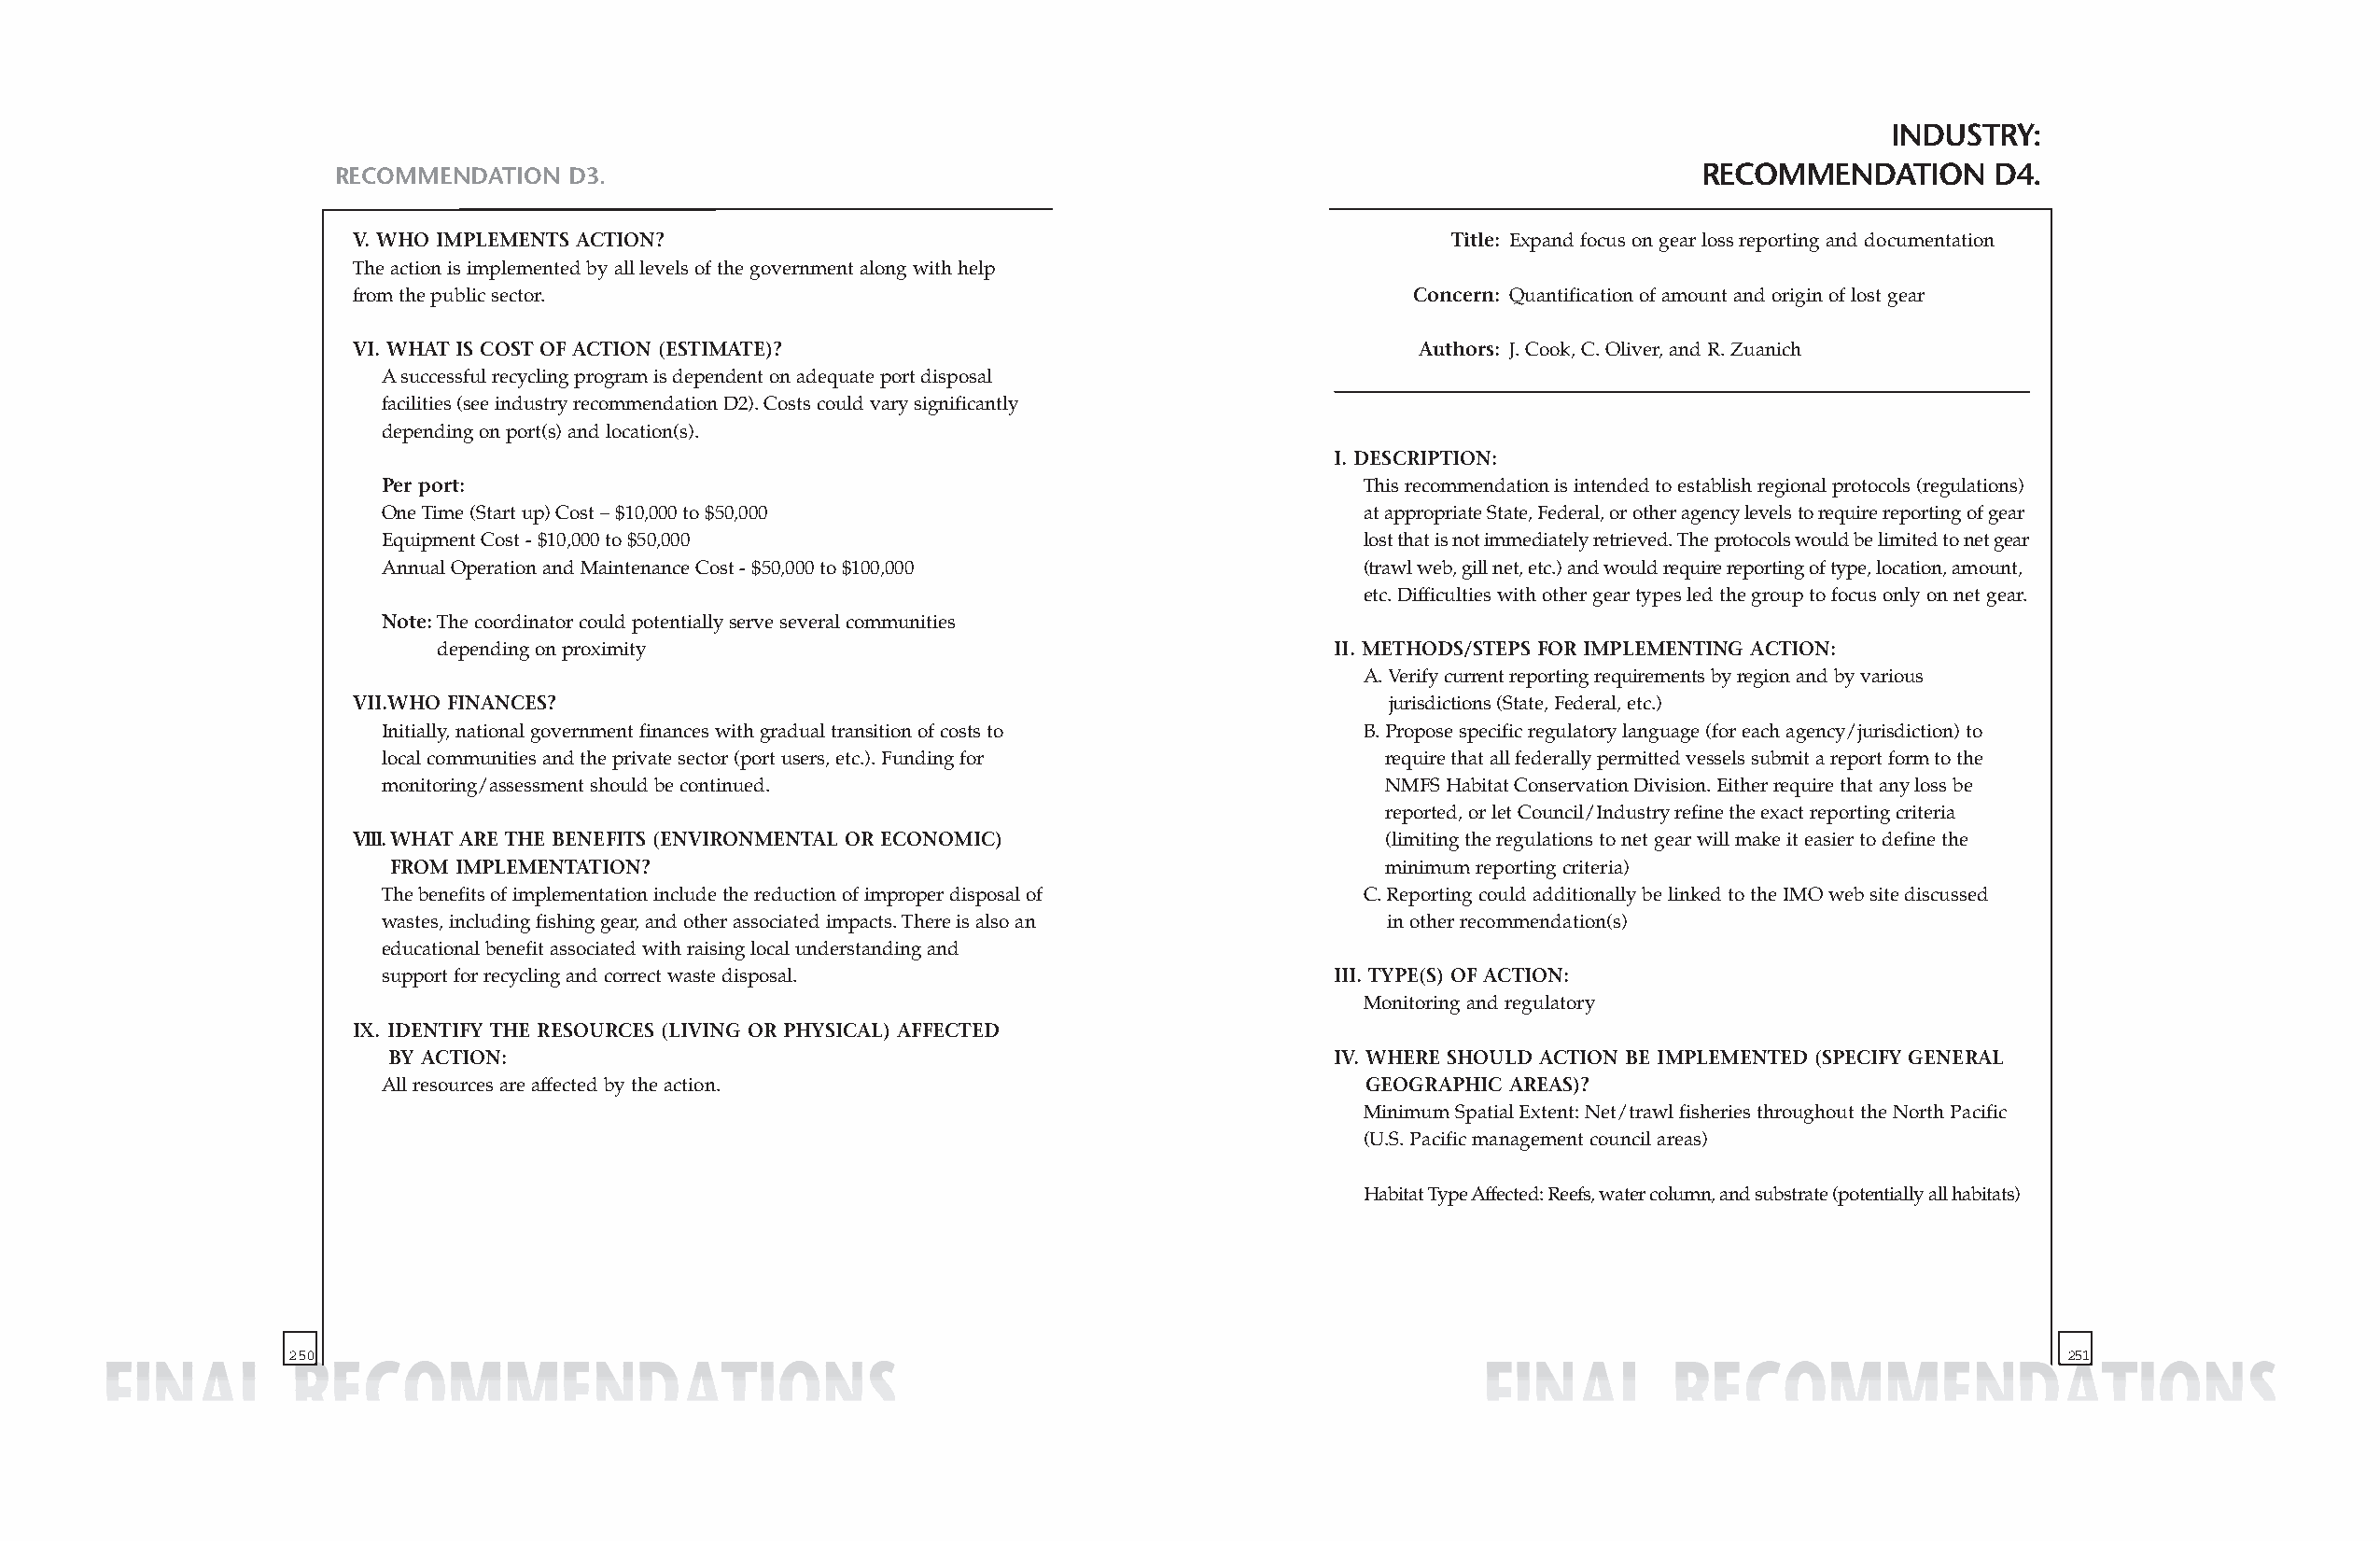
INDUSTRY:
 RECOMMENDATION  D3.                                                                              RECOMMENDATION      D4.
 V. WHO IMPLEMENTS ACTION?                                                     Title: Expand focus on gear loss reporting and documentation
 The action is implemented by all levels of the government along with help
 from the public sector.                                                    Concern: Quantification of amount and origin of lost gear
 VI. WHAT IS COST OF ACTION (ESTIMATE)?                                      Authors: J. Cook, C. Oliver, and R. Zuanich
 Asuccessful recycling program is dependent on adequate port disposal
 facilities (see industry recommendation D2). Costs could vary significantly
 depending on port(s) and location(s).
 I. DESCRIPTION:
 Per port:                                                             This recommendation is intended to establish regional protocols (regulations)
 One Time (Start up) Cost – $10,000 to $50,000                         atappropriate State, Federal, or other agency levels to require reporting of gear
 Equipment Cost - $10,000 to $50,000                                   lost that is not immediately retrieved. The protocols would be limited to net gear
 Annual Operation and Maintenance Cost - $50,000 to $100,000           (trawl web, gill net, etc.) and would require reporting of type, location,amount,
 etc. Difficulties with other gear types led the group to focus only on net gear.
 Note:The coordinator could potentially serve several communities
 depending on proximity                                          II. METHODS/STEPS FOR IMPLEMENTING ACTION:
 A. Verify current reporting requirements by region and by various
 VII.WHO FINANCES?                                                        jurisdictions (State, Federal, etc.)
 Initially, national government finances with gradual transition of costs to B. Propose specific regulatory language (for each agency/jurisdiction) to
 local communities and the private sector (port users, etc.). Funding for require that all federally permitted vessels submit a report form to the
 monitoring/assessment should be continued.                             NMFS Habitat Conservation Division. Either require that any loss be
 reported, or let Council/Industry refine the exact reporting criteria
 VIII.WHAT ARE THE BENEFITS (ENVIRONMENTAL OR ECONOMIC)                   (limiting the regulations to net gear will make it easier to define the
 FROM IMPLEMENTATION?                                                  minimum reporting criteria)
 The benefits of implementation include the reduction of improper disposal of C. Reporting could additionally be linked to the IMO web site discussed
 wastes, including fishing gear, and other associated impacts. There is also an in other recommendation(s)
 educational benefit associated with raising local understanding and
 support for recycling and correct waste disposal.                   III. TYPE(S) OF ACTION:
 Monitoring and regulatory
 IX. IDENTIFY THE RESOURCES (LIVING OR PHYSICAL) AFFECTED
 BY ACTION:                                                         IV. WHERE SHOULD ACTION BE IMPLEMENTED (SPECIFY GENERAL
 All resources are affected by the action.                             GEOGRAPHIC AREAS)?
 Minimum Spatial Extent: Net/trawl fisheries throughout the North Pacific
 (U.S. Pacific management council areas)
 Habitat Type Affected: Reefs, water column, and substrate (potentially all habitats)
 250                                                                                                                            251